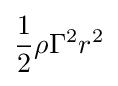
{\frac {1}{2}}\rho \Gamma ^{2}r^{2}